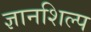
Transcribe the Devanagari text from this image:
ज्ञानशिल्प